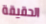
الحقيقة